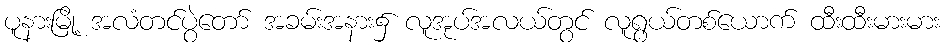
ပူနားမြို့ အလံတင်ပွဲတော် အခမ်းအနား၌ လူအုပ်အလယ်တွင် လူရွယ်တစ်ယောက် ထီးထီးမားမား